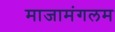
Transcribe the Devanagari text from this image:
माजामंगलम